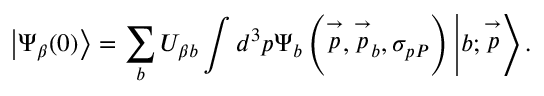
\left| \Psi _ { \beta } ( 0 ) \right\rangle = \sum _ { b } U _ { \beta b } \int d ^ { 3 } p \Psi _ { b } \left( \stackrel { \rightarrow } { p } , \stackrel { \rightarrow } { p } _ { b } , \sigma _ { p P } \right) \left| b ; \stackrel { \rightarrow } { p } \right\rangle .